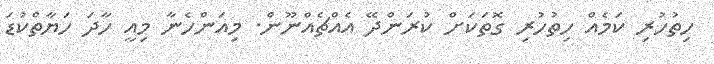
ހިތުހުރި ކަމެއް ހިތުހުރި ގޮތަކަށް ކުރަންދޭ އެއްޗެއްނޫން. މިއަންހެނާ މިއީ ހާދަ ހަޔާތްކުޑަ